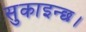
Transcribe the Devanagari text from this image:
सुकाइन्छ।